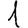
Digit: 1